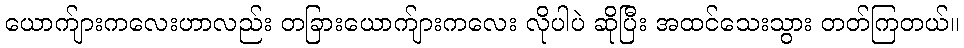
ယောက်ျားကလေးဟာလည်း တခြားယောက်ျားကလေး လိုပါပဲ ဆိုပြီး အထင်သေးသွား တတ်ကြတယ်။